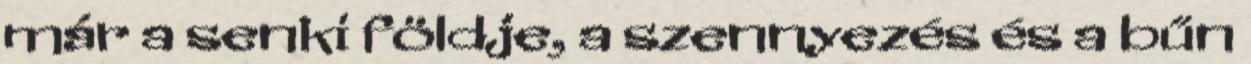
már a senki földje, a szennyezés és a bűn